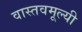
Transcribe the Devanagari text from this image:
वास्तवमूल्यी